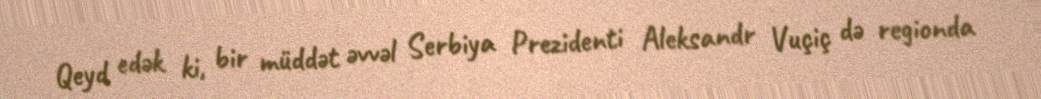
Qeyd edək ki, bir müddət əvvəl Serbiya Prezidenti Aleksandr Vuçiç də regionda